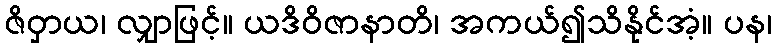
ဇိဝှာယ၊ လျှာဖြင့်။ ယဒိဝိဇာနာတိ၊ အကယ်၍သိနိုင်အံ့။ ပန၊